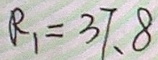
R _ { 1 } = 3 7 . 8